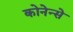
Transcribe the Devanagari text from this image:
कोनेन्से